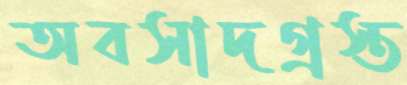
অবসাদগ্রস্ত